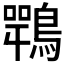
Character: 𪄍